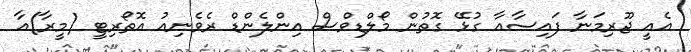
އެއީ ޖޫރިމަނާ ފައިސާއާ ގުޅޭ ގޮތުން މޯލްޑިވްސް އިންލެންޑް ރެވެނިއު އޮތޯރިޓީ (މީރާ)އާ